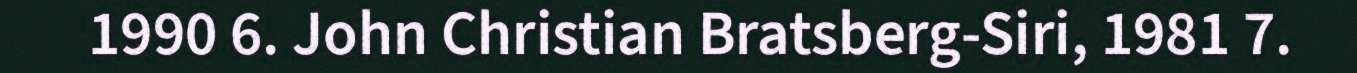
1990 6. John Christian Bratsberg-Siri, 1981 7.